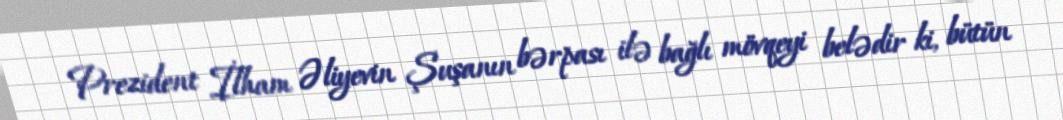
Prezident İlham Əliyevin Şuşanın bərpası ilə bağlı mövqeyi belədir ki, bütün